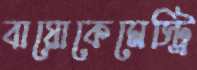
বায়োকেমেস্ট্রি